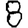
Digit: 8